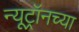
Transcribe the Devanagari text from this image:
न्यूट्रॉनच्या